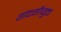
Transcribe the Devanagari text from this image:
गंदगीयुक्त